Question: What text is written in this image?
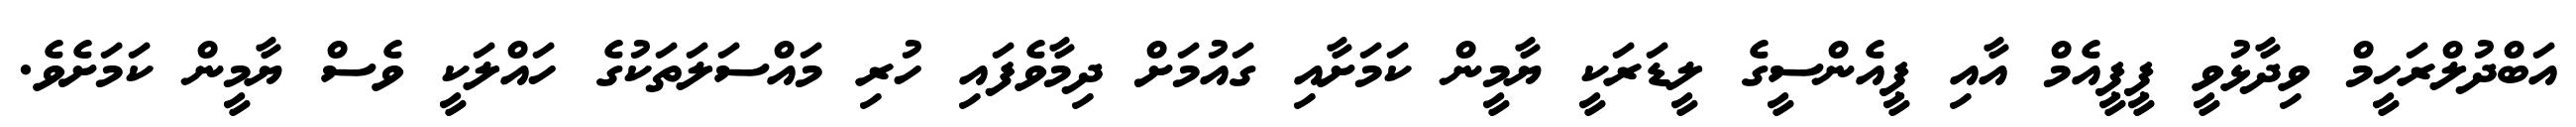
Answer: އަބްދުލްރަހީމް ވިދާޅުވީ ޕީޕީއެމް އާއި ޕީއެންސީގެ ލީޑަރަކީ ޔާމީން ކަމަށާއި ގައުމަށް ދިމާވެފައި ހުރި މައްސަލަތަކުގެ ހައްލަކީ ވެސް ޔާމީން ކަމަށެވެ.